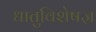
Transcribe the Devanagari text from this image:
धातुविशेषज्ञ